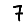
Digit: 7